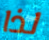
لذا